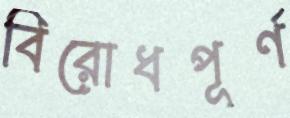
বিরোধপূর্ণ